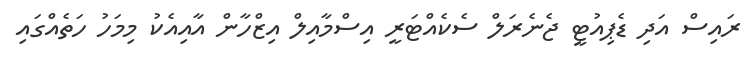
ރައިސް އަދި ޑެޕިއުޓީ ޖެނެރަލް ސެކެއްޓަރީ އިސްމާއިލް އިޒްހާން އާއިއެކު މިމަހު ހަތެއްގައި